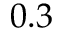
0 . 3